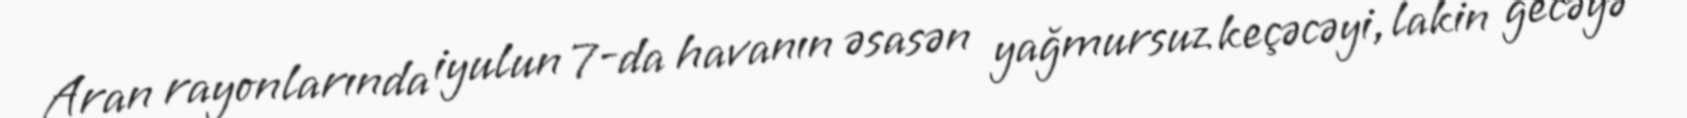
Aran rayonlarında iyulun 7-da havanın əsasən yağmursuz keçəcəyi, lakin gecəyə